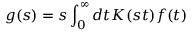
g ( s ) = s \int _ { 0 } ^ { \infty } d t K ( s t ) f ( t )